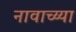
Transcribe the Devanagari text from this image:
नावाच्य्या